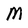
Character: M